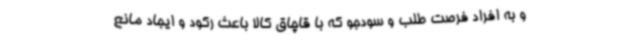
و به افراد فرصت طلب و سودجو که با قاچاق کالا باعث رکود و ایجاد مانع